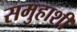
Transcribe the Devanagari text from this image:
समुहाशी